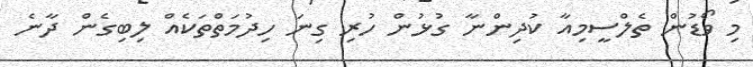
މި ވޯޑުން ތެލްސީމިއާ ކުދިންނާ ގުޅުން ހުރި ގިނަ ހިދުމަތްތަކެއް ލިބިގެން ދާނެ